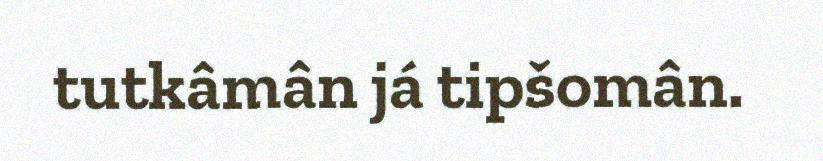
tutkâmân já tipšomân.